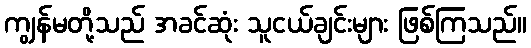
ကျွန်မတို့သည် အခင်ဆုံး သူငယ်ချင်းများ ဖြစ်ကြသည်။